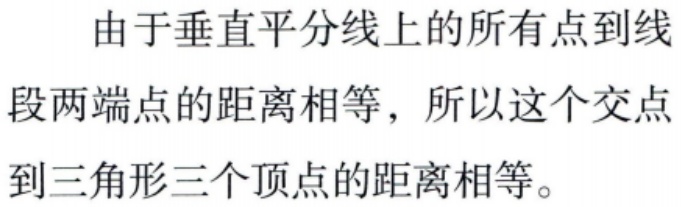
由于垂直平分线上的所有点到线段两端点的距离相等，所以这个交点到三角形三个顶点的距离相等。